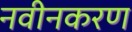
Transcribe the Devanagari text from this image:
नवीनकरण